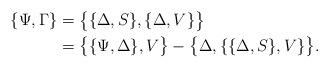
LaTeX: \begin{align*} \{\Psi,\Gamma\} & = \big\{\{\Delta,S\},\{\Delta,V\}\big\}\\ & = \big\{\{\Psi,\Delta\},V\big\} - \big\{\Delta,\{\{\Delta,S\},V\}\big\}.\end{align*}